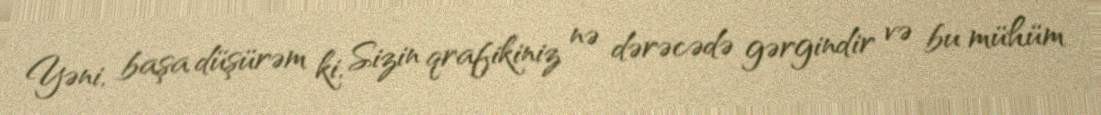
Yəni, başa düşürəm ki, Sizin qrafikiniz nə dərəcədə gərgindir və bu mühüm